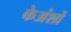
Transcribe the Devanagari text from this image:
केअंशों